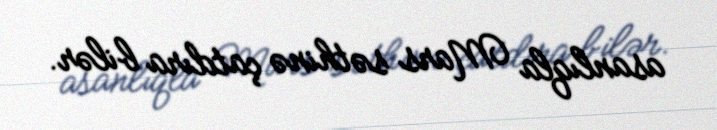
asanlıqla Mars səthinə çatdıra bilər.